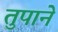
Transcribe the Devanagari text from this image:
तुपाने